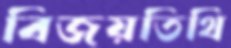
বিজয়তিথি